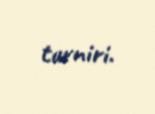
turniri.